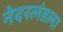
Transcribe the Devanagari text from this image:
नेदरलंडला